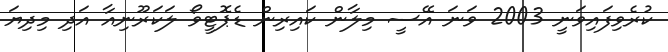
ކުރެވިފައިވަނީ 2003 ވަނަ އޭސީ މިލާން ކައިރިން ޑެޕޮޓީވޯ ލަކަރޫނިއާ އަދި މިދިޔަ